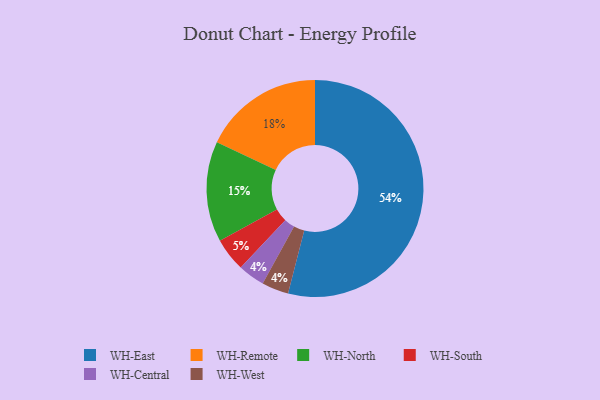
{"axis": {"x": "Category", "y": "Percentage"}, "legend": ["WH-Central", "WH-East", "WH-North", "WH-Remote", "WH-South", "WH-West"], "data": [{"x": "WH-South", "y": 5, "type": "WH-South"}, {"x": "WH-North", "y": 15, "type": "WH-North"}, {"x": "WH-East", "y": 54, "type": "WH-East"}, {"x": "WH-Central", "y": 4, "type": "WH-Central"}, {"x": "WH-Remote", "y": 18, "type": "WH-Remote"}, {"x": "WH-West", "y": 4, "type": "WH-West"}]}